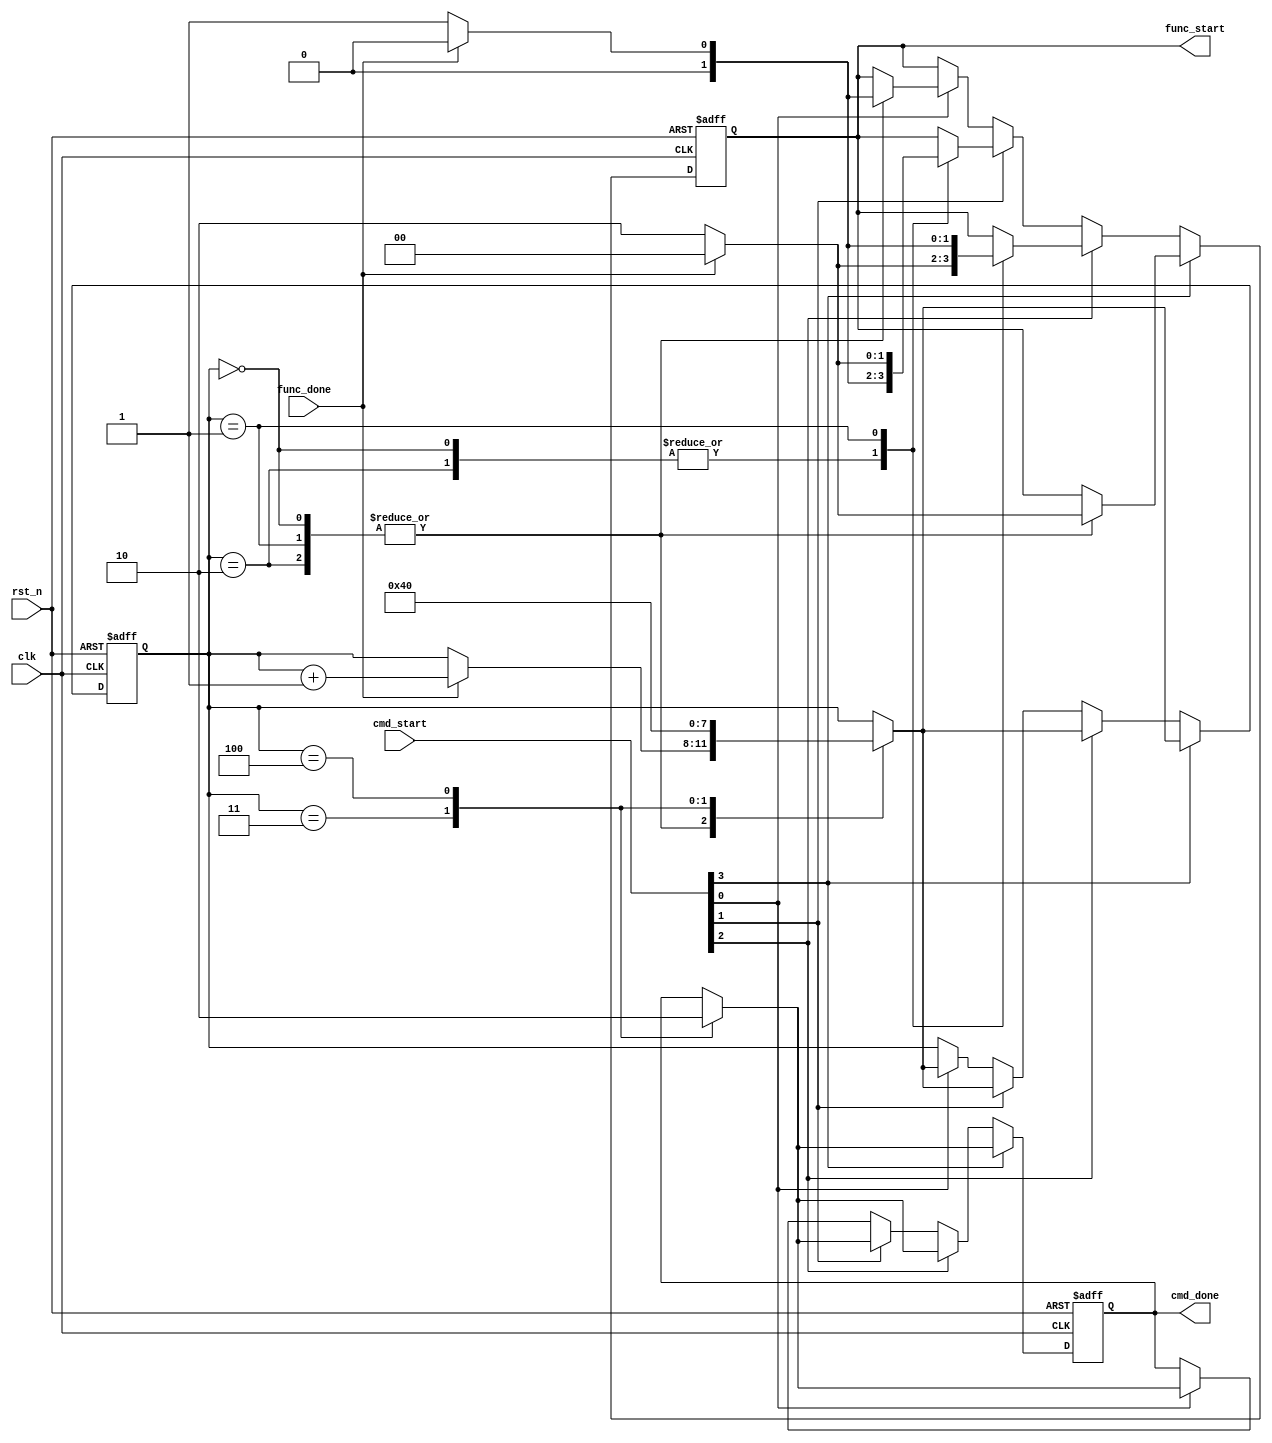
module s_o_command
(
    clk,
    rst_n,
    cmd_start,
    cmd_done,
    func_start,
    func_done
);

    input clk;
    input rst_n;
    
    //
    //1000 - SSS
    //0100 - SOS
    //0010 - OSO
    //0001 - OOO
    input [3:0] cmd_start;
    output reg cmd_done;
    
    output reg [1:0] func_start;
    input func_done;
    
    /*************************************/
    
    reg [3:0]i;
    
    always @(posedge clk or negedge rst_n)
    begin
        if(!rst_n)
        begin
            i <= 4'd0;
            cmd_done <= 1'b0;
            func_start <= 2'b00;
        end
        else if(cmd_start[3]) //SSS
        begin
            case(i)
                0,1,2:
                    if(func_done)
                    begin
                        func_start <= 2'b00;
                        i <= i + 1;
                    end
                    else
                        func_start <= 2'b10;
                        
                3:
                    begin
                        i <= 4;
                        cmd_done <= 1'b1;
                    end
                
                4:
                    begin
                        i <= 0;
                        cmd_done <= 1'b0;
                    end
            endcase
        end
        else if(cmd_start[2]) //SOS
        begin
            case(i)
                0,2: //S
                    if(func_done)
                    begin
                        func_start <= 2'b00;
                        i <= i + 1;
                    end
                    else
                        func_start <= 2'b10;
                        
                1: //O
                    if(func_done)
                    begin
                        func_start <= 2'b00;
                        i <= i + 1;
                    end
                    else
                        func_start <= 2'b01;
                        
                3:
                    begin
                        i <= 4;
                        cmd_done <= 1'b1;
                    end
                
                4:
                    begin
                        i <= 0;
                        cmd_done <= 1'b0;
                    end
            endcase
        end
        else if(cmd_start[1]) //OSO
        begin
            case(i)
                0,2: //O
                    if(func_done)
                    begin
                        func_start <= 2'b00;
                        i <= i + 1;
                    end
                    else
                        func_start <= 2'b01;
                        
                1: //S
                    if(func_done)
                    begin
                        func_start <= 2'b00;
                        i <= i + 1;
                    end
                    else
                        func_start <= 2'b10;
                        
                3:
                    begin
                        i <= 4;
                        cmd_done <= 1'b1;
                    end
                
                4:
                    begin
                        i <= 0;
                        cmd_done <= 1'b0;
                    end
            endcase
        end
        else if(cmd_start[0]) //OOO
        begin
            case(i)
                0,1,2: //O
                    if(func_done)
                    begin
                        func_start <= 2'b00;
                        i <= i + 1;
                    end
                    else
                        func_start <= 2'b01;
                
                3:
                    begin
                        i <= 4;
                        cmd_done <= 1'b1;
                    end
                
                4:
                    begin
                        i <= 0;
                        cmd_done <= 1'b0;
                    end
            endcase
        end
    end

endmodule